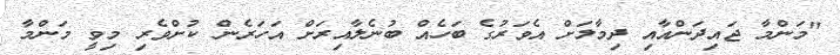
"މަންމާ ޖައިދަންއާއި ދިމާލަށް އެވަރުގެ ބަހެއް ބުނެލާއިރަށް އަހަރެން ކުށްވެރި މިވީ މަންމާ